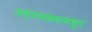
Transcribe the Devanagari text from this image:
अभ्यासक्रमांमधून